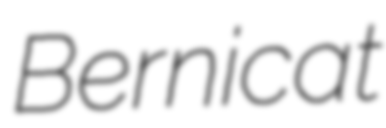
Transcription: Bernicat